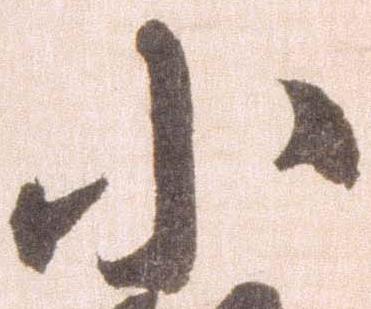
小